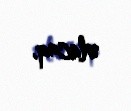
olacaq.